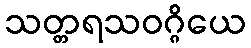
သတ္တရသဝဂ္ဂိယေ